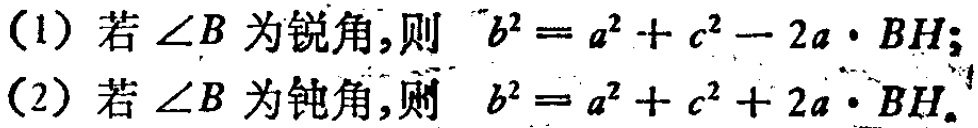
(1) 若\(\angle B\)为锐角，则 \(b^{2}=a^{2}+c^{2}-2a\cdot BH\)；
(2) 若\(\angle B\)为钝角，则 \(b^{2}=a^{2}+c^{2}+2a\cdot BH\)。